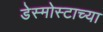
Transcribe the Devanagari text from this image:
डेस्मोस्टाच्या